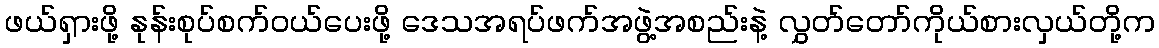
ဖယ်ရှားဖို့ နုန်းစုပ်စက်ဝယ်ပေးဖို့ ဒေသအရပ်ဖက်အဖွဲ့အစည်းနဲ့ လွှတ်တော်ကိုယ်စားလှယ်တို့က